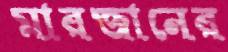
মারজানের